Annual report of the Bengal Veterinary College and of the Civil Veterinary Department, Bengal, for the year 1907-1908 - 1907-1908
Year: 1907
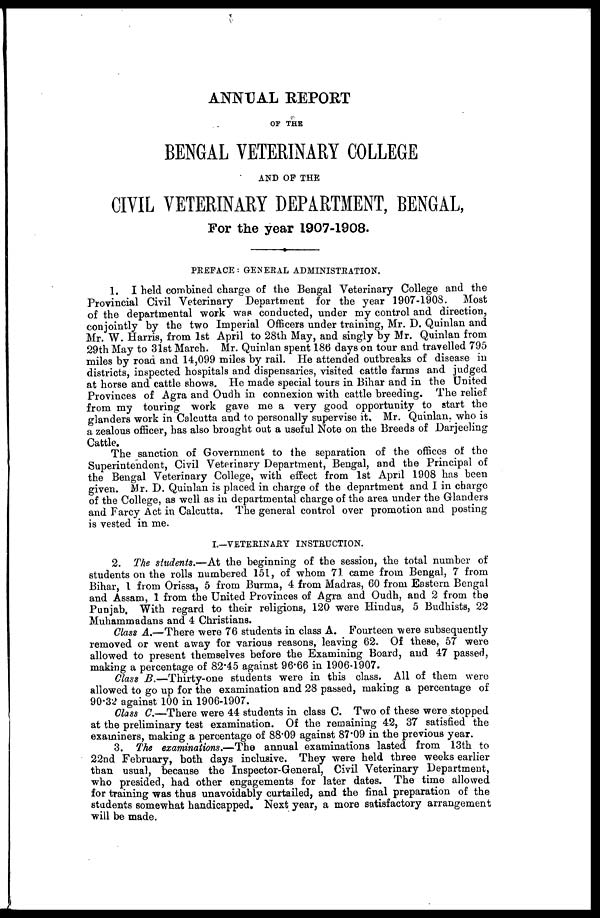
ANNUAL REPORT
OF THE
BENGAL VETERINARY COLLEGE
AND OF THE
CIVIL VETERINARY DEPARTMENT, BENGAL,
For the year 1907-1908.
PREFACE : GENERAL ADMINISTRATION.
1. I held combined charge of the Bengal Veterinary College and the
Provincial Civil Veterinary Department for the year 1907-1908. Most
of the departmental work was conducted, under my control and direction,
conjointly by the two Imperial Officers under training, Mr. D. Quinlan and
Mr. W. Harris, from 1st April to 28th May, and singly by Mr. Quinlan from
29th May to 31st March. Mr. Quinlan spent 186 days on tour and travelled 795
miles by road and 14,099 miles by rail. He attended outbreaks of disease in
districts, inspected hospitals and dispensaries, visited cattle farms and judged
at horse and cattle shows. He made special tours in Bihar and in the United
Provinces of Agra and Oudh in connexion with cattle breeding. The relief
from my touring work gave me a very good opportunity to start the
glanders work in Calcutta and to personally supervise it, Mr. Quinlan, who is
a zealous officer, has also brought out a useful Note on the Breeds of Darjeeling
Cattle.
The sanction of Government to the separation of the offices of the
Superintendent, Civil Veterinary Department, Bengal, and the Principal of
the Bengal Veterinary College, with effect from 1st April 1908 has been
given. Mr. D. Quinlan is placed in charge of the department and I in charge
of the College, as well as in departmental charge of the area under the Glanders
and Farcy Act in Calcutta. The general control over promotion and posting
is vested in me.
I.—VETERINARY INSTRUCTION.
2. The students.—At the beginning of the session, the total number of
students on the rolls numbered 151, of whom 71 came from Bengal, 7 from
Bihar, 1 from Orissa, 5 from Burma, 4 from Madras, 60 from Eastern Bengal
and Assam, 1 from the United Provinces of Agra and Oudh, and 2 from the
Punjab. With regard to their religions, 120 were Hindus, 5 Budhists, 22
Muhammadans and 4 Christians.
Glass A.—There were 76 students in class A. Fourteen were subsequently
removed or went away for various reasons, leaving 62. Of these, 57 were
allowed to present themselves before the Examining Board, and 47 passed,
making a percentage of 82.45 against 96.66 in 1906-1907.
Class B.—Thirty-one students were in this class. All of them were
allowed to go up for the examination and 28 passed, making a percentage of
90.32 against 100 in 1906-1907.
Class C.—There were 44 students in class C. Two of these were stopped
at the preliminary test examination. Of the remaining 42, 37 satisfied the
examiners, making a percentage of 88.09 against 87.09 in the previous year.
3. The examinations.—The annual examinations lasted from 13th to
22nd February, both days inclusive. They were held three weeks earlier
than usual, because the Inspector-General, Civil Veterinary Department,
who presided, had other engagements for later dates. The time allowed
for training was thus unavoidably curtailed, and the final preparation of the
students somewhat handicapped. Next year, a more satisfactory arrangement
will be made.